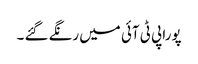
پورا پی ٹی آئی میں رنگے گئے ۔